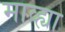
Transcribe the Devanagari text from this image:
माव्ह्या